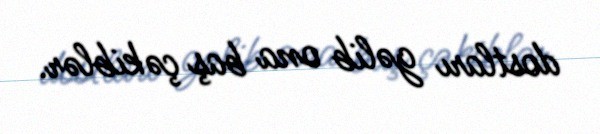
dostları gəlib ona baş çəkiblər.